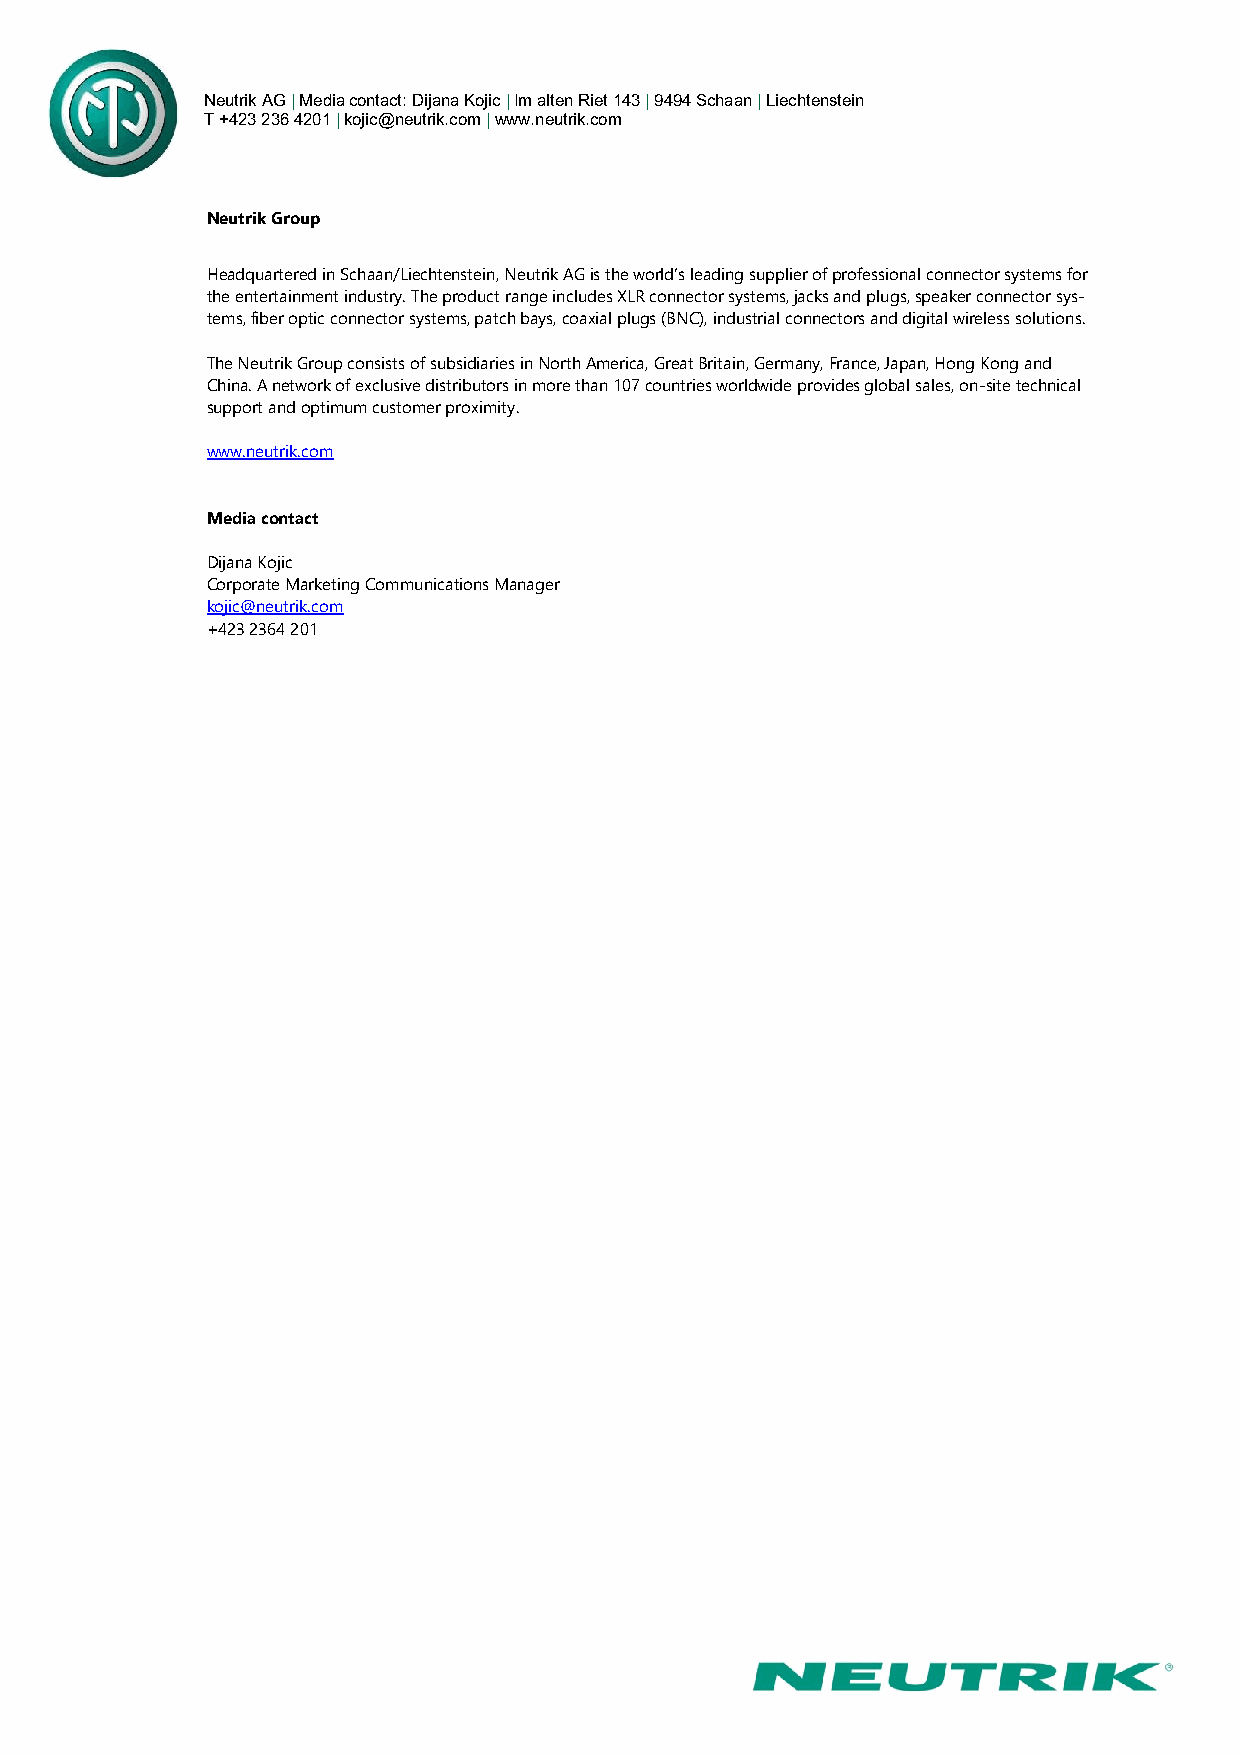
Neutrik AG | Media contact: Dijana Kojic | Im alten Riet 143 | 9494 Schaan | Liechtenstein
 T +423 236 4201 | kojic@neutrik.com | www.neutrik.com
 Neutrik Group
 Headquartered in Schaan/Liechtenstein, Neutrik AG is the world’s leading supplier of professional connector systems for
 the entertainment industry. The product range includes XLR connector systems, jacks and plugs, speaker connector sys-
 tems, fiber optic connector systems, patch bays, coaxial plugs (BNC), industrial connectors and digital wireless solutions.
 The Neutrik Group consists of subsidiaries in North America, Great Britain, Germany, France, Japan, Hong Kong and
 China. A network of exclusive distributors in more than 107 countries worldwide provides global sales, on-site technical
 support and optimum customer proximity.
 www.neutrik.com
 Media contact
 Dijana Kojic
 Corporate Marketing Communications Manager
 kojic@neutrik.com
 +423 2364 201